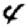
Digit: 4